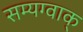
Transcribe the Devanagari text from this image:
सम्यग्वाक्